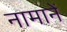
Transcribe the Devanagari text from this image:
नामानें